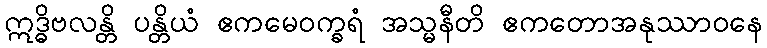
ဣဒ္ဓိဗလန္တိ ပန္တိယံ ဧကမေဝက္ခရံ အသ္မနီတိ ဧကတောအနုဿာဝနေ